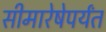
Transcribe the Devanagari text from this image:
सीमारेषेपर्यंत